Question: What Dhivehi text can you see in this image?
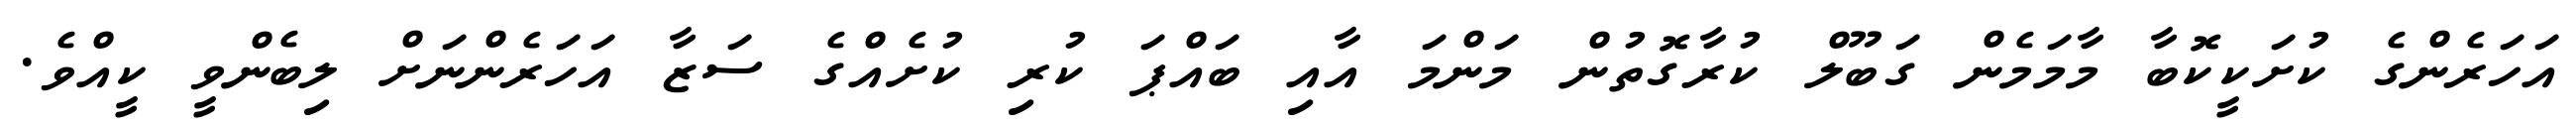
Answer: އަހަރެންގެ ކުށަކީކޮބާ މާމަމެން ގަބޫލް ކުރާގޮތުން މަންމަ އާއި ބައްޕަ ކުރި ކުށެއްގެ ސަޒާ އަހަރެންނަށް ލިބެންވީ ކީއްވެ.